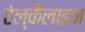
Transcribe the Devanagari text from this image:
ऐल्कैलाइन